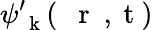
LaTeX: \psi_{\mathrm{~\mathbf~k~}}^{\prime}(\mathrm{~{~\mathbf~r~}~,~t~})